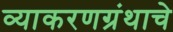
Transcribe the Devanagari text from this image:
व्याकरणग्रंथाचे